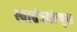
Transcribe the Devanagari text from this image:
स्वातंत्रयोन्मुख